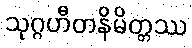
သုဂ္ဂဟီတနိမိတ္တဿ